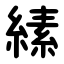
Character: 縤